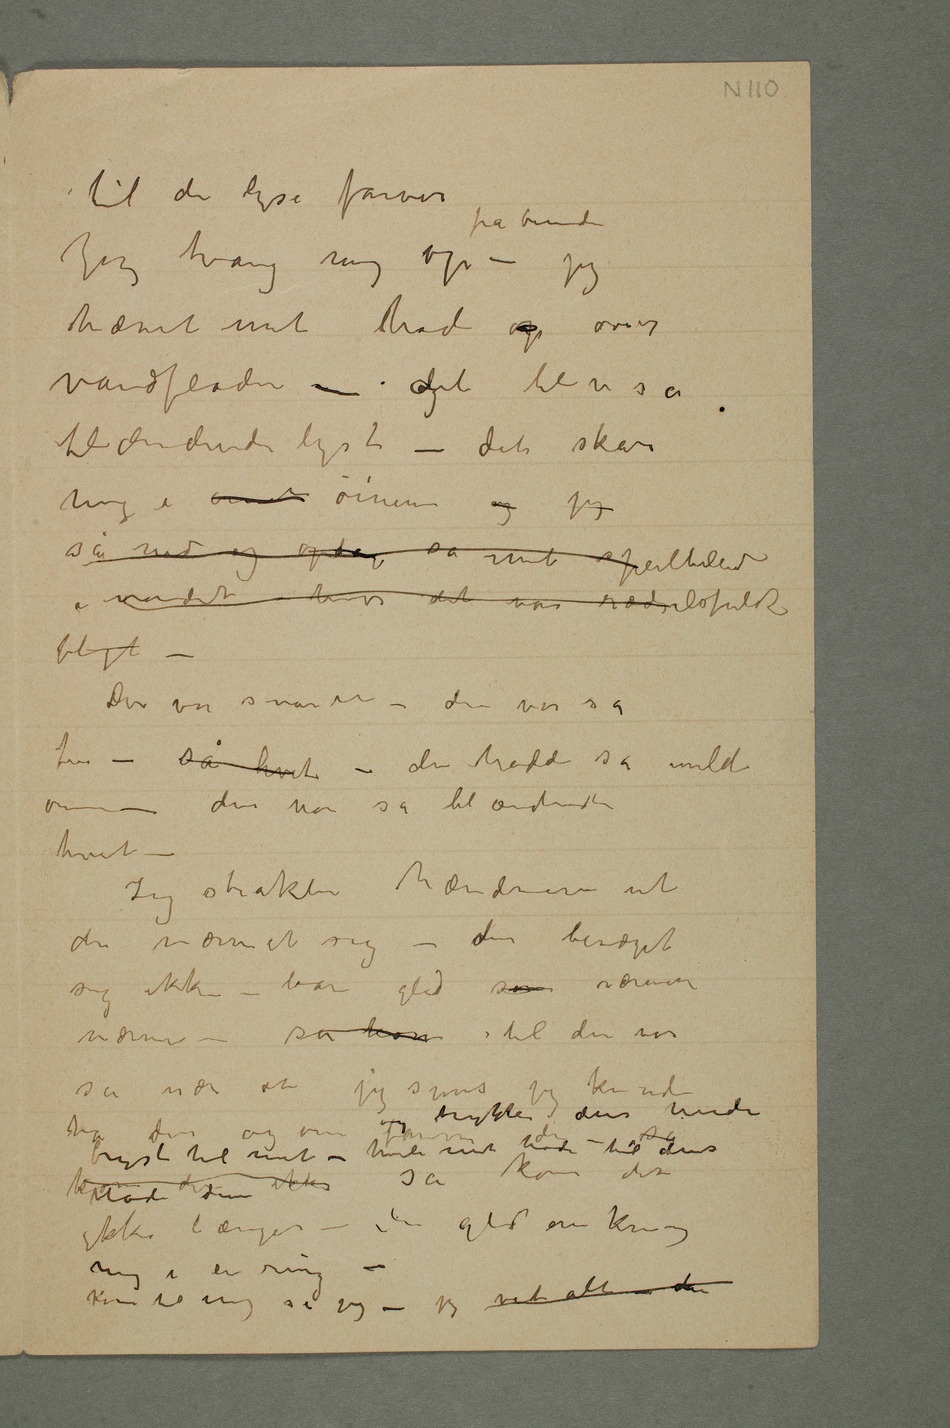
Jeg tvang mig op fra bunden –
hævet mit hode op over
vandfladen – ogdet blev så
blændende lyst – det skar
mig i øinene øinene og jeg
så ned og opdaget så mit speilbilled
i vandet hvor det var rædselsfuldt
blegt –
Der var svanen – den var så
fin – så hvit – den hadde så milde
øine – den var så blændende
hvit –
Jeg strakte hænderne ut
den nærmet sig – den bevæget
sig ikke – bare gled som nærmere
nærmere – så kom til den var
så nær at jeg syns jeg kunde ta den og om favne
– så og trykke dens hvide
bryst til mit – hvile mit hode til dens
kom den ikke bløde dun så kom den
ikke længer – den gled
mig i en ring –